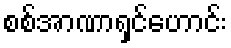
စစ်အာဏာရှင်ဟောင်း